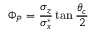
\Phi _ { P } = \frac { \sigma _ { z } } { \sigma _ { x } ^ { * } } \tan \frac { \theta _ { c } } { 2 }